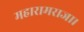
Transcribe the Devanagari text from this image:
महारामराजा।